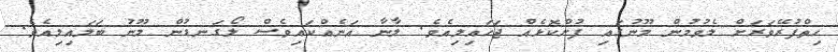
ހިތްފުރޭވަރަށް ލެވުމުން މޫނުގައި ފުށްކޮޅެއް ޖަހައިލިއެވެ. ލާނާ އަނެއްކައިވެސް ލޯގަނޑުން މޫނު ބަލައިލިއެވެ.